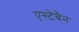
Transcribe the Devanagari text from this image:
एस्टेबैन